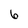
Character: 6